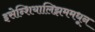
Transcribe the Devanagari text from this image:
इसेन्शियालिझममधून